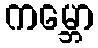
ကမ္ဘော